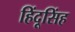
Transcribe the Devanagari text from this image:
हिंदूसिंह